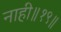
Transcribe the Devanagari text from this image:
नाही॥१९॥